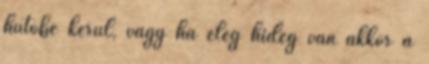
hűtőbe kerül, vagy ha elég hideg van akkor a